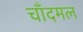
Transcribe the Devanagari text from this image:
चाँदमल